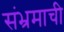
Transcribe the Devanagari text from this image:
संभ्रमाची